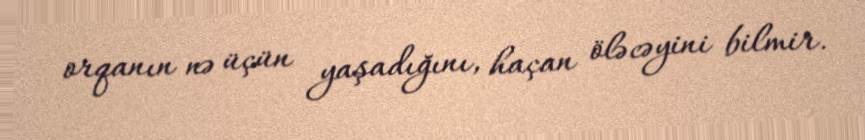
orqanın nə üçün yaşadığını, haçan öləcəyini bilmir.